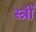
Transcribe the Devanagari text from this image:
स्त्रीं